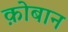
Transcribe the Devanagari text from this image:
क़ोबान